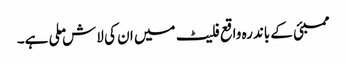
ممبئی کے باندرہ واقع فلیٹ میں ان کی لاش ملی ہے۔